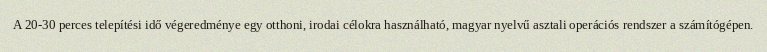
A 20-30 perces telepítési idő végeredménye egy otthoni, irodai célokra használható, magyar nyelvű asztali operációs rendszer a számítógépen.